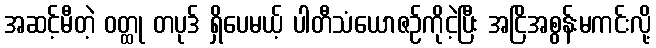
အဆင့်မီတဲ့ ဝတ္ထု တပုဒ် ရှိပေမယ့် ပါတီသံယောဇဉ်ကိုငဲ့ပြီး အငြိအစွန်းမကင်းလို့